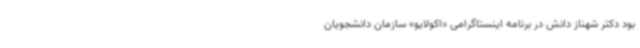
بود دکتر شهناز دانش در برنامه اینستاگرامی «اکولایو» سازمان دانشجویان